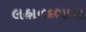
લહાનદભાસ